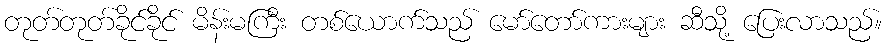
တုတ်တုတ်ခိုင်ခိုင် မိန်းမကြီး တစ်ယောက်သည် မော်တော်ကားများ ဆီသို့ ပြေးလာသည်။